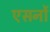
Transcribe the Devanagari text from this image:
एसर्नो